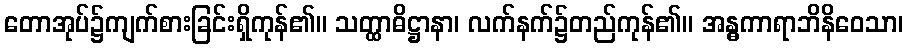
တောအုပ်၌ကျက်စားခြင်းရှိကုန်၏။ သတ္ထာဓိဋ္ဌာနာ၊ လက်နက်၌တည်ကုန်၏။ အန္ဓကာရာဘိနိဝေသာ၊